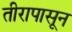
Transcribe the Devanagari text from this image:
तीरापासून